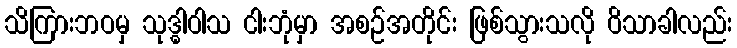
သိကြားဘဝမှ သုဒ္ဓါဝါသ ငါးဘုံမှာ အစဉ်အတိုင်း ဖြစ်သွားသလို ဝိသာခါလည်း